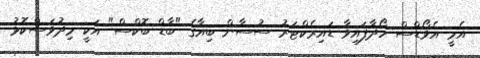
އެމީ އެވޯޑްސް ހޯދާފައިވާ ޑައިރެކްޓަރު ސުސާން ބިއާގެ "ބާޑް ބޮކްސް" އަކީ މިދުވަސްކޮޅު